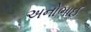
અનોભાઈ